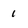
Character: 1